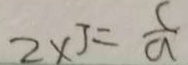
2 \times 3 = \frac { c } { a }